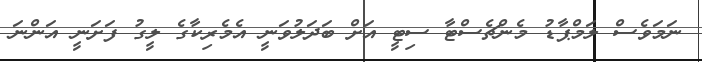
ނަމަވެސް ލަމްޕާޑު މެންޗެސްޓާ ސިޓީ އަށް ބަދަލުވަނީ އެމެރިކާގެ ލީގު ފަށަނީ އަންނަ